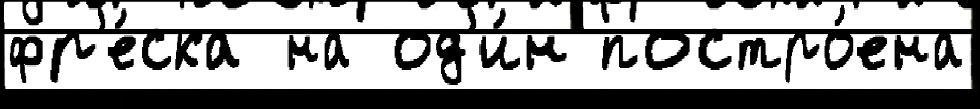
фр'е́ска на од'и́н постро́ена